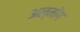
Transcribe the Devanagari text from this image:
अल्मोग